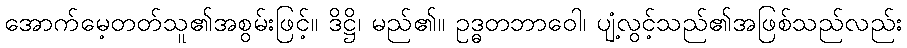
အောက်မေ့တတ်သူ၏အစွမ်းဖြင့်။ ဒိဋ္ဌိ၊ မည်၏။ ဥဒ္ဓတဘာဝေါ၊ ပျံ့လွင့်သည်၏အဖြစ်သည်လည်း